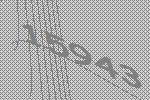
15943